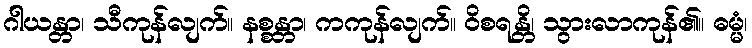
ဂါယန္တာ၊ သီကုန်လျက်။ နစ္စန္တာ၊ ကကုန်လျက်။ ဝိစရန္တိ၊ သွားလာကုန်၏။ ဓမ္မံ၊